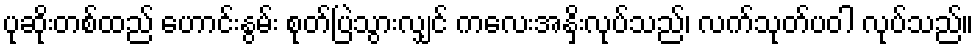
ပုဆိုးတစ်ထည် ဟောင်းနွမ်း စုတ်ပြဲသွားလျှင် ကလေးအနှိးလုပ်သည်၊ လက်သုတ်ပဝါ လုပ်သည်။